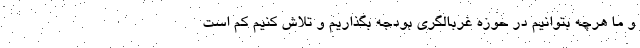
و ما هرچه بتوانیم در حوزه غربالگری بودجه بگذاریم و تلاش کنیم کم است